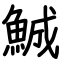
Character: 鯎